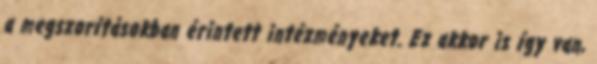
a megszorításokban érintett intézményeket. Ez akkor is így van,